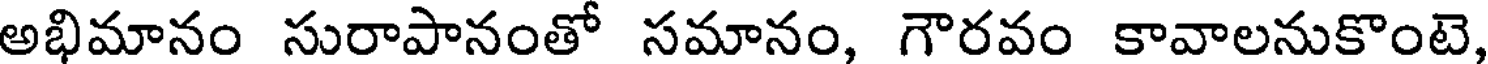
అభిమానం సురాపానంతో సమానం, గౌరవం కావాలనుకొంటె,